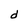
Character: d